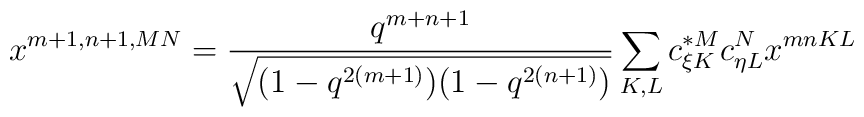
x^{m+1,n+1,MN}=\frac{q^{m+n+1}}{\sqrt{(1-q^{2(m+1)})(1-q^{2(n+1)})}}\sum_{K,L}c_{\xi K}^{*M}c_{\eta L}^{N} x^{mnKL}